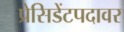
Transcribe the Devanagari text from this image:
प्रेसिडेंटपदावर